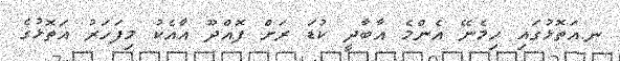
ނ.އަތޮޅުގައި ހިމެނޭ އެންމެ އާބާދީ ކުޑަ ރަށް ފޮއްދޫ އާއެކު މިފަހަރު އަތޮޅުގެ